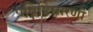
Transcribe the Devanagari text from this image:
प्रविष्टिसारणी